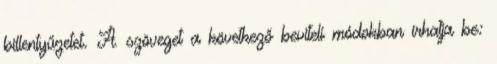
billentyűzetet. A szöveget a következő beviteli módokban írhatja be: